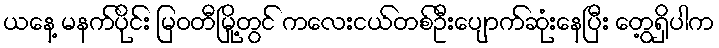
ယနေ့ မနက်ပိုင်း မြဝတီမြို့တွင် ကလေးငယ်တစ်ဦးပျောက်ဆုံးနေပြီး တွေ့ရှိပါက